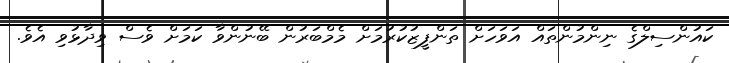
ކައުންސިލްގެ ނިންމުންތައް އަވަހަށް ތަންފީޒުކުރުމަށް މެމްބަރުން ބޭނުންވާ ކަމަށް ވެސް ވިދާޅުވި އެވެ.